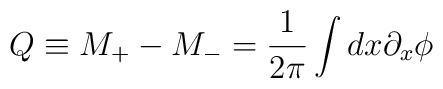
Q\equiv M_{+}-M_{-}=\frac{1}{2\pi }\int dx\partial _{x}\phi